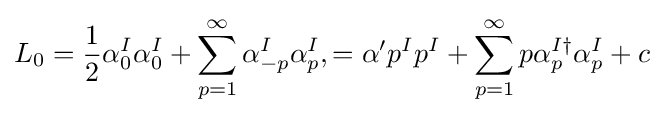
L_{0}={\frac {1}{2}}\alpha _{0}^{I}\alpha _{0}^{I}+\sum _{p=1}^{\infty }\alpha _{-p}^{I}\alpha _{p}^{I},=\alpha 'p^{I}p^{I}+\sum _{p=1}^{\infty }p\alpha _{p}^{I\dagger }\alpha _{p}^{I}+c